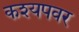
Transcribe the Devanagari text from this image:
कश्यपवर